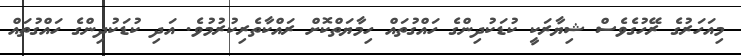
މިއަހަރުގެ ރޭހުގެވެސް ޝިޔާރަކީ ކުޑަކުދިންގެ ހައްގުތައް ހިމާޔަތްކޮށް ރައްކާތެރިކުރުމުވެ. އަދި ކުޑަކުދިންގެ ހައްގުތައް